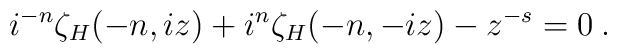
{i}^{-n}\zeta_H(-n,iz) +i^{n}\zeta_H(-n,-iz) - z^{-s} = 0\:.